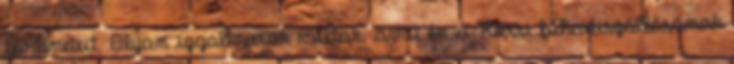
történeteit. Olyan izgalmasak voltak, amit én a Rossi főhadiszállásának